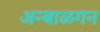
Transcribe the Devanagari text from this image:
अन्बाळगन